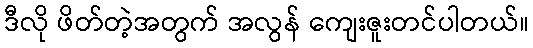
ဒီလို ဖိတ်တဲ့အတွက် အလွန် ကျေးဇူးတင်ပါတယ်။